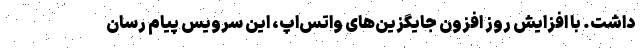
داشت. با افزایش روز افزون جایگزین‌های واتس‌اپ، این سرویس پیام رسان